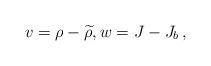
LaTeX: \begin{align*}v=\rho- \widetilde \rho,w=J - J_b\,,\end{align*}